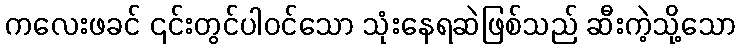
ကလေးဖခင် ၎င်းတွင်ပါဝင်သော သုံးနေရဆဲဖြစ်သည် ဆီးကဲ့သို့သော